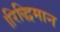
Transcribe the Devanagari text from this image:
।रिद्धिमान